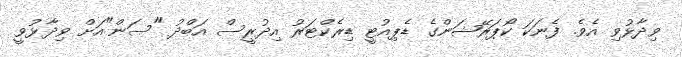
ވިދާޅުވި އެވެ. ފެނަކަ ކޯޕަރޭޝަންގެ ޑެޕިއުޓީ ޑިރެކްޓަރު އިދުރީސް އަބްދު "ސަން"އަށް ވިދާޅުވީ